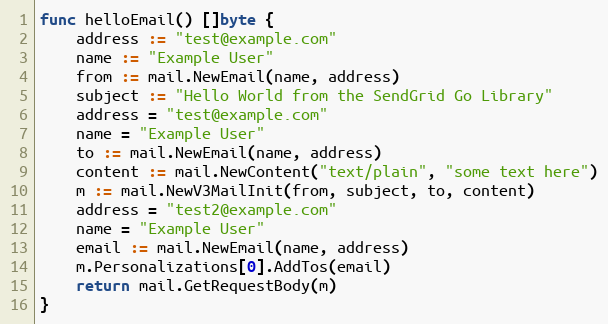
Language: Go
func helloEmail() []byte {
	address := "test@example.com"
	name := "Example User"
	from := mail.NewEmail(name, address)
	subject := "Hello World from the SendGrid Go Library"
	address = "test@example.com"
	name = "Example User"
	to := mail.NewEmail(name, address)
	content := mail.NewContent("text/plain", "some text here")
	m := mail.NewV3MailInit(from, subject, to, content)
	address = "test2@example.com"
	name = "Example User"
	email := mail.NewEmail(name, address)
	m.Personalizations[0].AddTos(email)
	return mail.GetRequestBody(m)
}